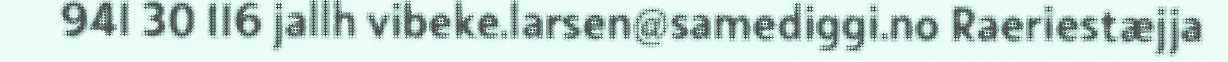
941 30 116 jallh vibeke.larsen@samediggi.no Raeriestæjja